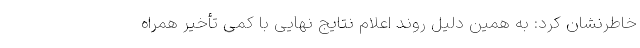
خاطرنشان کرد: به همین دلیل روند اعلام نتایج نهایی با کمی تأخیر همراه